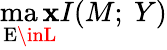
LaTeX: \operatorname*{ma\mathbf{x}}_{\mathrm{{E}}\inL}I(M;~Y)